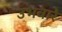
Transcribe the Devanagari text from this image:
उभवारे